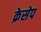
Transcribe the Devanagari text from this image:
क्रेसेप